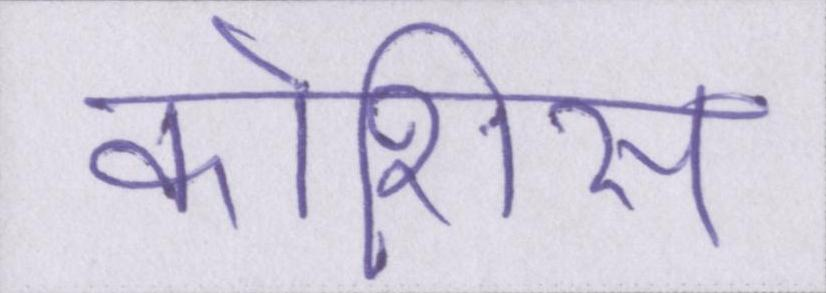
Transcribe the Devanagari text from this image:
कोशिस